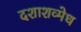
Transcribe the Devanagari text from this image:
दशाशव्मेध